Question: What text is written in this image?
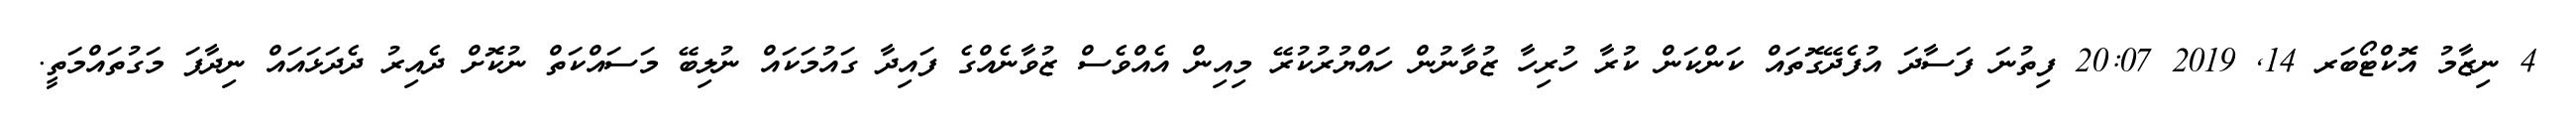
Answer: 4 ނިޒާމު އޮކްޓޯބަރ 14, 2019 20:07 ފިތުނަ ފަސާދަ އުފެދޭގޮތައް ކަންކަން ކުރާ ހުރިހާ ޒުވާނުން ހައްޔުރުކުރޭ މިއިން އެއްވެސް ޒުވާނެއްގެ ފައިދާ ގައުމަކައް ނުލިބޭ މަސައްކަތް ނުކޮށް ދެއިރު ދެދަޅައައް ނިދާފަ މަގުތައްމަތީ.